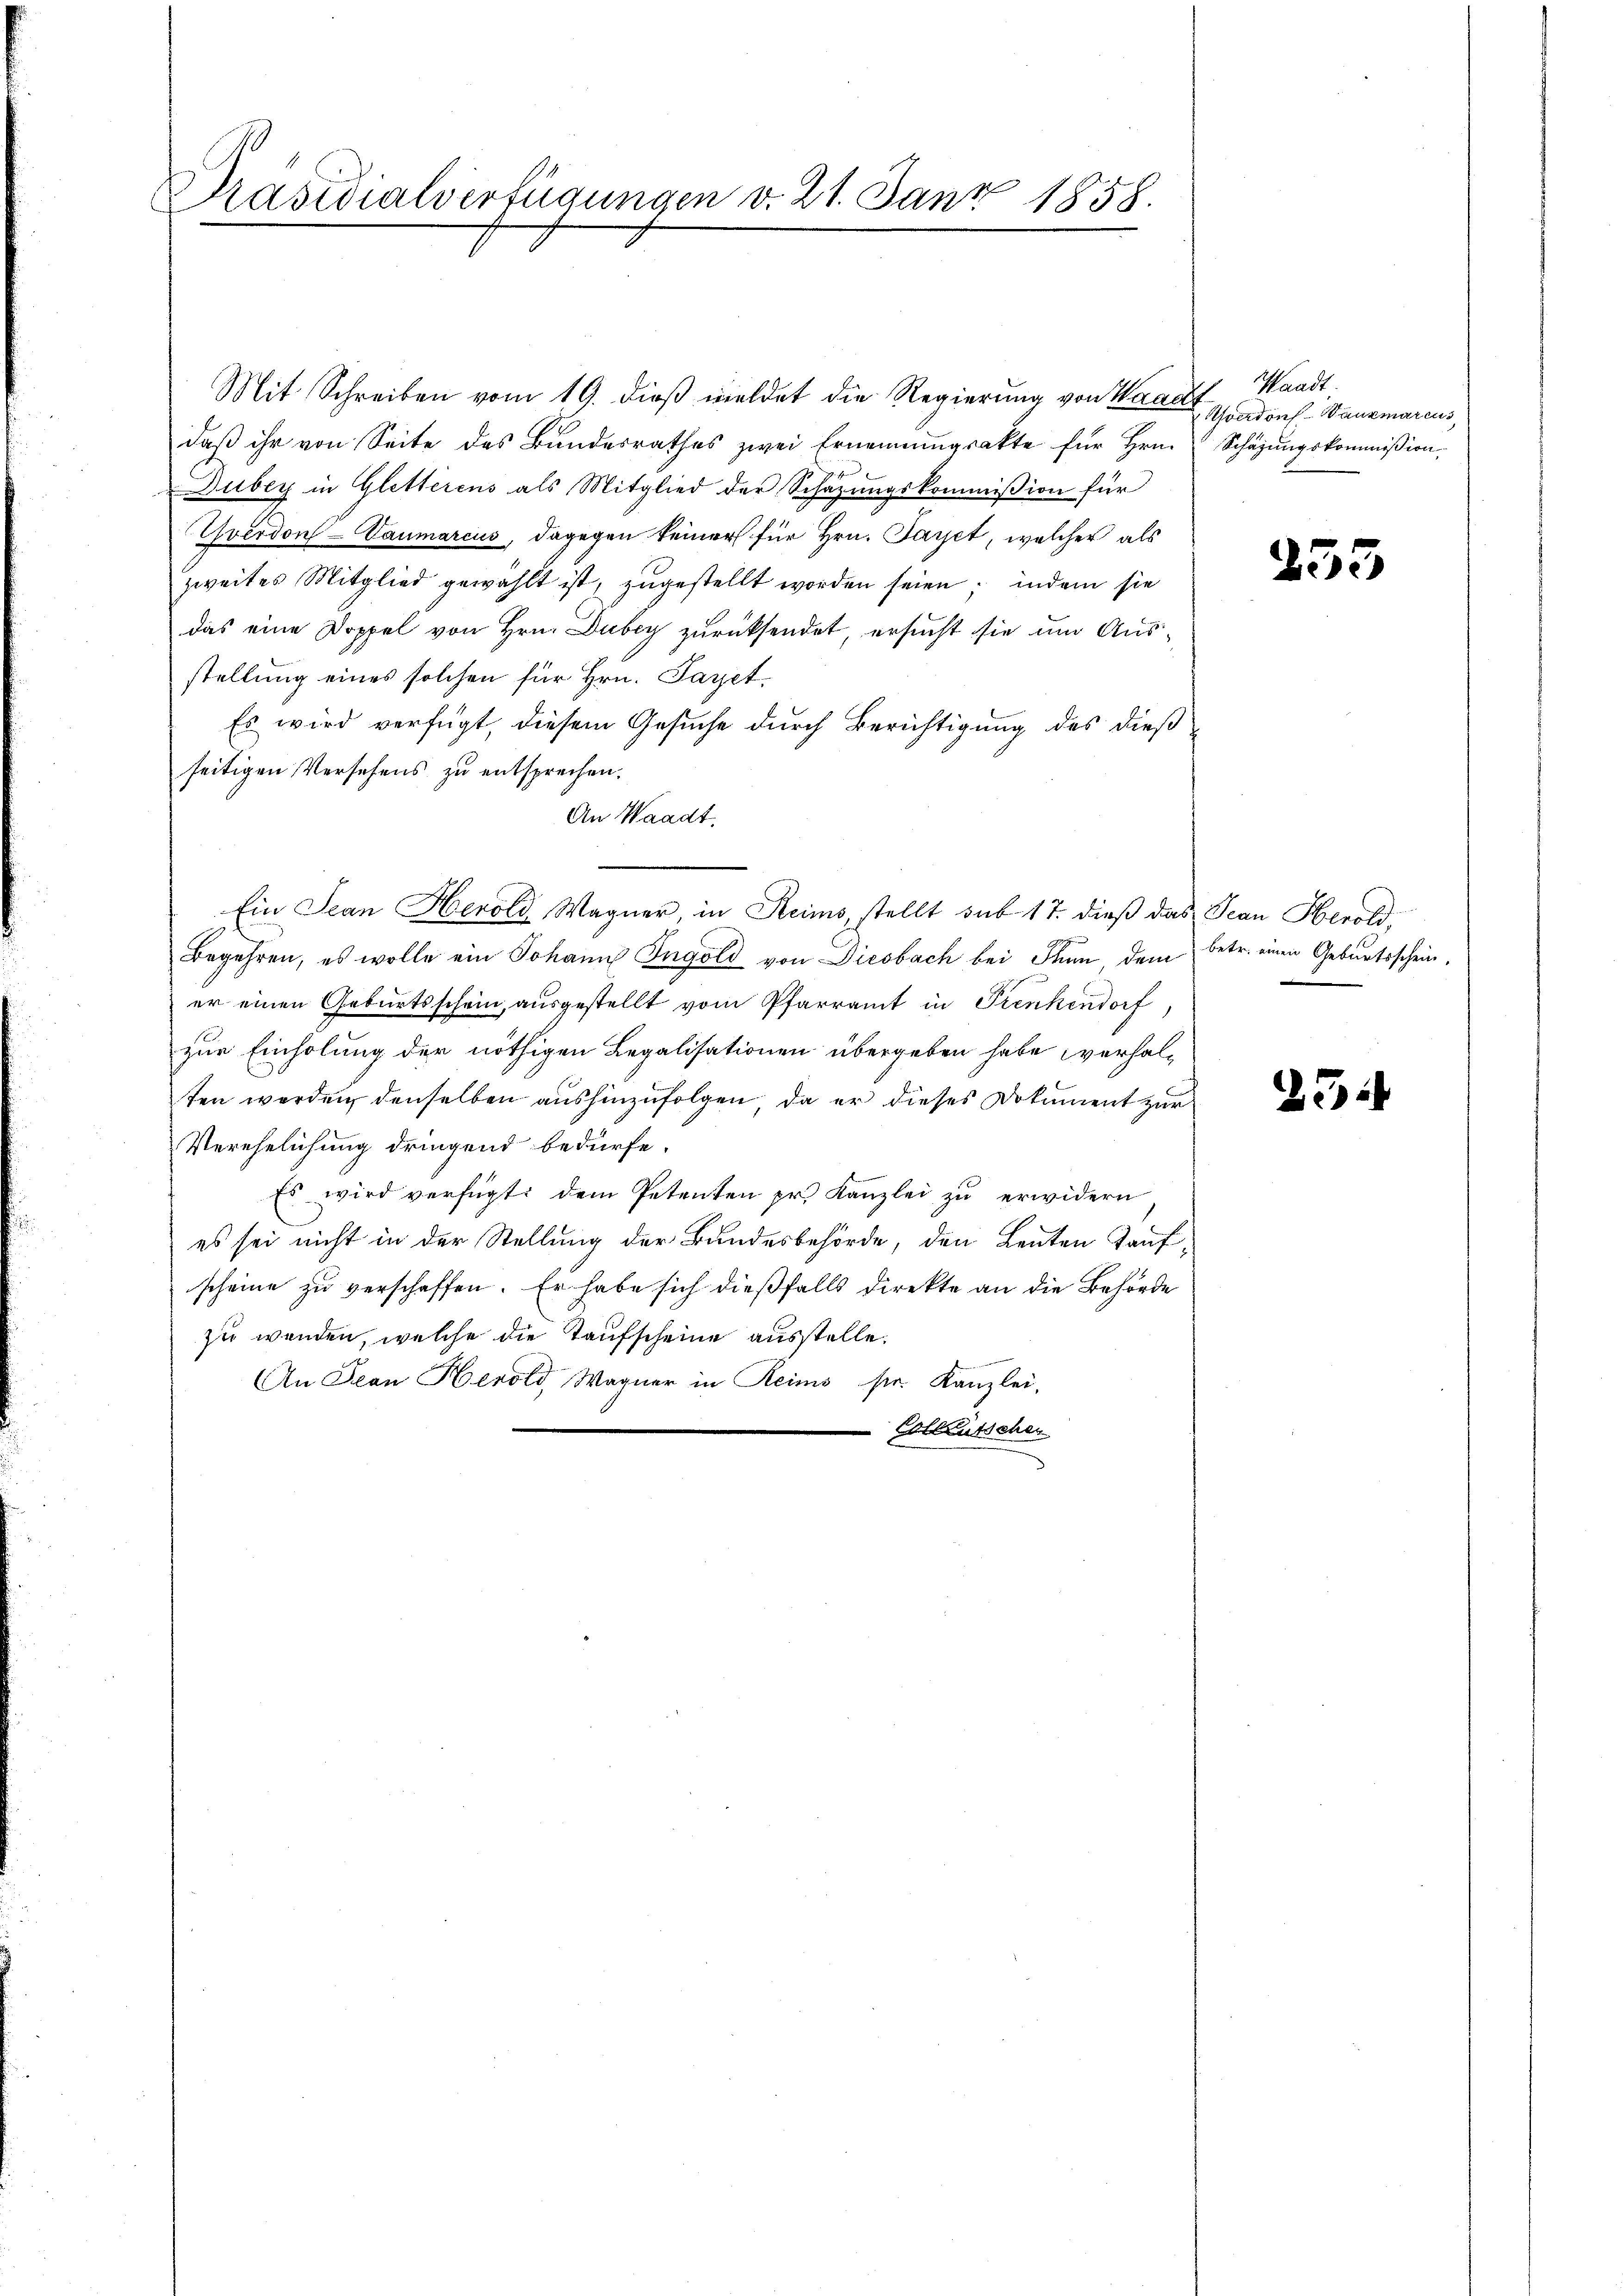
Präsidialverfügungen v. 21. Janz 1858.

Mit Schreiben vom 19. dieß meldet die Regierung von Waadt
daß ihr von Seite des Bundesrathes zwei Ernennungsakte für Hrn. Schäzŭngskommission.
Dubey in Gletterens als Mitglied der Schazungskommißion für
Yverdon-Vaumarcus, dagegen keiner für Hrn. Payet, welcher als
zweites Mitglied gewählt ist, zŭgestellt worden seien; indem sie
das eine Doppel von Hrn. Dubey zurücksendet, ersucht sie um Ausstellung eines solchen für Hrn. Payet.
Es wird verfügt, diesem Gesuche durch Berichtigung des dießseitigen Versehens zu entsprechen.
An Waadt,
Begehren, es wolle ein Johann Ingold von Diesbach bei Stum, dem
er einen Geburtsschein, ausgestellt vom Pfarramt in Trenkendorf
zur Einholung der nöthigen Legalisationen übergeben habe verhalten werden denselben aushinzufolgen, da er dieses Dokument zur
Verehelichung dringend bedürfe.
Es wird verfügt dem Petenten pr. Kanzlei zu erwidern
es sei nicht in der Stellung der Bundesbehörde, den Leuten Taufscheine zu verschaffen. Er habe sich dießfalls direkte an die Behörde
zu wenden, welche die Taufscheine ausstelle.
An Jean Herold Wagner in Reims sr. Kanzlei,
Colleutschen

Ein Scan Herold Wagner, in Reims, stellt sub 17. dieß das Jean Herold

Waadt
Averdons - Wanzmarcus

255

betr. einen Geburtsschein,

25